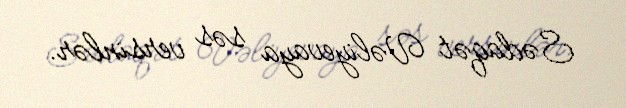
Sədaqət Vəliyevaya səs versinlər.